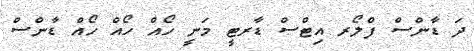
ދަ ޑާންސް ފްލޯރ އިޓްސް ޑާާރޓީ މަނީ ހޯއް ހޯއް ހޯއް ޑާންސް